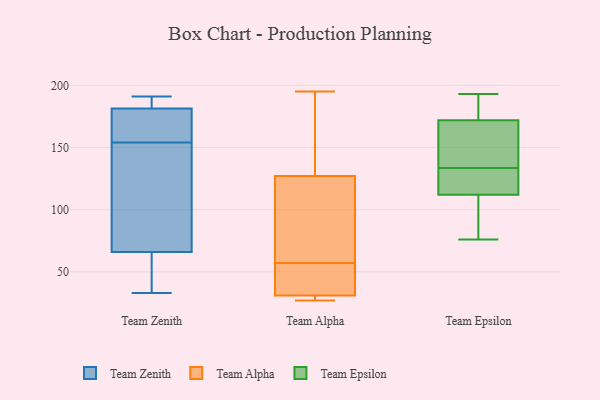
{"axis": {"x": "Demand Index", "y": "Value"}, "legend": ["Team Alpha", "Team Epsilon", "Team Zenith"], "data": [{"x": "", "y": 164, "type": "Team Zenith"}, {"x": "", "y": 37, "type": "Team Zenith"}, {"x": "", "y": 66, "type": "Team Zenith"}, {"x": "", "y": 101, "type": "Team Zenith"}, {"x": "", "y": 145, "type": "Team Zenith"}, {"x": "", "y": 187, "type": "Team Zenith"}, {"x": "", "y": 66, "type": "Team Zenith"}, {"x": "", "y": 154, "type": "Team Zenith"}, {"x": "", "y": 33, "type": "Team Zenith"}, {"x": "", "y": 159, "type": "Team Zenith"}, {"x": "", "y": 191, "type": "Team Zenith"}, {"x": "", "y": 181, "type": "Team Zenith"}, {"x": "", "y": 183, "type": "Team Zenith"}, {"x": "", "y": 39, "type": "Team Alpha"}, {"x": "", "y": 31, "type": "Team Alpha"}, {"x": "", "y": 146, "type": "Team Alpha"}, {"x": "", "y": 195, "type": "Team Alpha"}, {"x": "", "y": 69, "type": "Team Alpha"}, {"x": "", "y": 72, "type": "Team Alpha"}, {"x": "", "y": 45, "type": "Team Alpha"}, {"x": "", "y": 27, "type": "Team Alpha"}, {"x": "", "y": 28, "type": "Team Alpha"}, {"x": "", "y": 127, "type": "Team Alpha"}, {"x": "", "y": 193, "type": "Team Epsilon"}, {"x": "", "y": 172, "type": "Team Epsilon"}, {"x": "", "y": 121, "type": "Team Epsilon"}, {"x": "", "y": 139, "type": "Team Epsilon"}, {"x": "", "y": 128, "type": "Team Epsilon"}, {"x": "", "y": 157, "type": "Team Epsilon"}, {"x": "", "y": 105, "type": "Team Epsilon"}, {"x": "", "y": 112, "type": "Team Epsilon"}, {"x": "", "y": 176, "type": "Team Epsilon"}, {"x": "", "y": 76, "type": "Team Epsilon"}]}